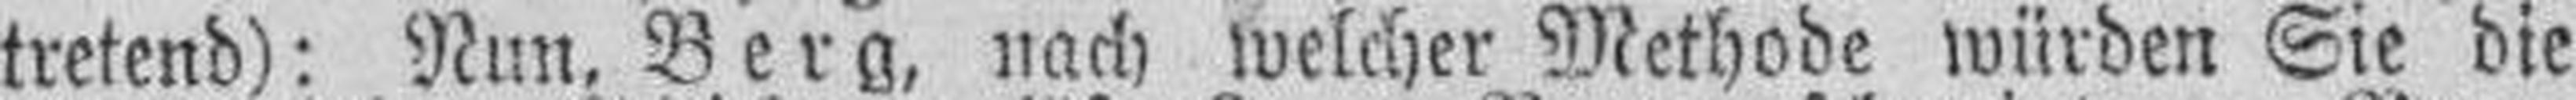
tretend): Nun, Berg, nach welcher Methode würden Sie die